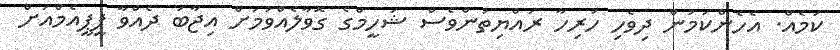
ކަމެއް. އެހެންކަމުން ދިވެހި ހުރިހާ ރައްޔިތުންވެސް ޝަހީމްގެ ގޮވާލެއްވުމަށް އިޖާބަ ދެއްވާ ޕީޕީއެމްއަށް